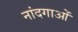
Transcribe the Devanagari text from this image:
नांदगाओं